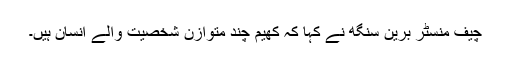
چیف منسٹر برین سنگھ نے کہا کہ کھیم چند متوازن شخصیت والے انسان ہیں۔